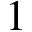
1